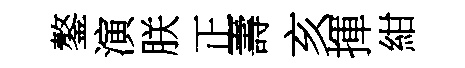
鏊演朕正壽亥揮紺